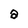
Character: a